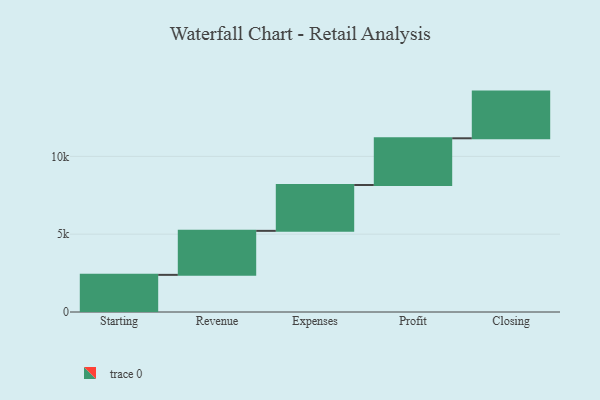
{"axis": {"x": "Step", "y": "Value"}, "legend": [""], "data": [{"x": "Starting", "y": 2386.0, "type": ""}, {"x": "Revenue", "y": 2828.0, "type": ""}, {"x": "Expenses", "y": 2947.0, "type": ""}, {"x": "Profit", "y": 3000, "type": ""}, {"x": "Closing", "y": 3000, "type": ""}]}